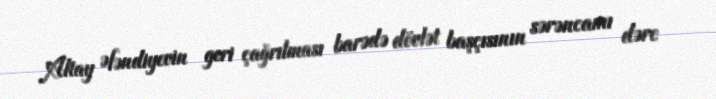
Altay Əfəndiyevin geri çağrılması barədə dövlət başçısının sərəncamı dərc